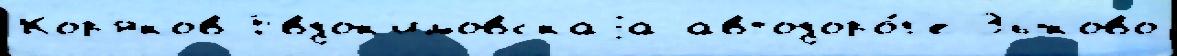
Кор'яков Евдок'имовскаjа автодоро́г'е Зыково